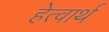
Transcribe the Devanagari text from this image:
हेत्वार्थ